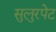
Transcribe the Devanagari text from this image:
सुलुरपेट